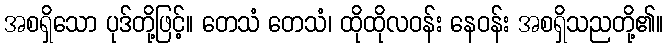
အစရှိသော ပုဒ်တို့ဖြင့်။ တေသံ တေသံ၊ ထိုထိုလဝန်း နေဝန်း အစရှိသညတို့၏။